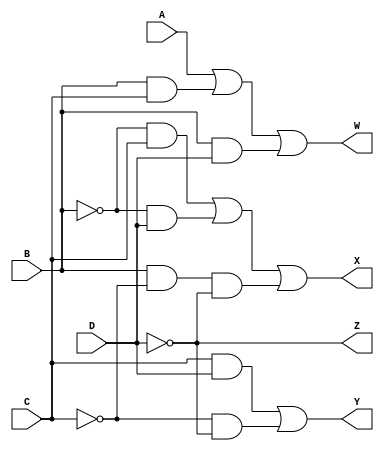
module BCDToExcess3(A, B, C, D, W, X, Y, Z);
    input A, B, C, D;
    output W, X, Y, Z;
    
    assign W = A | (B & C) | (B & D);
    assign X = (~B & C) | (~B & D) | (B & ~C & ~D);
    assign Y = (C & D) | (~C & ~D);
    assign Z = ~D;

    
endmodule // BCDToExcess3

module tb_BCDToExcess3;
    reg [3:0] D;
    wire W, X, Y, Z;
    BCDToExcess3 converter (D[3], D[2], D[1], D[0], W, X, Y, Z);

    initial begin
        D = 4'b0000;
        repeat(16)
            #10 D = D + 1'b1; 
    end

    initial begin
        $monitor("%d : %b%b%b%b -> %b%b%b%b", D, D[3], D[2], D[1], D[0], W, X, Y, Z);
    end
    always @(D) begin
        $monitor("%d : %b%b%b%b -> %b%b%b%b", D, D[3], D[2], D[1], D[0], W, X, Y, Z);
    end
endmodule // tb_BCDToExcess3